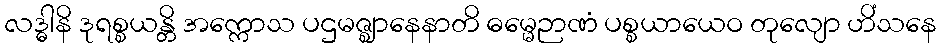
လဒ္ဓါနိ ဒုရစ္စယန္တိ အက္ကောသ ပဌမဇ္ဈာနေနာတိ ဓမ္မေဉာဏံ ပစ္စယာယေဝ တုလျော ဟိံသနေ